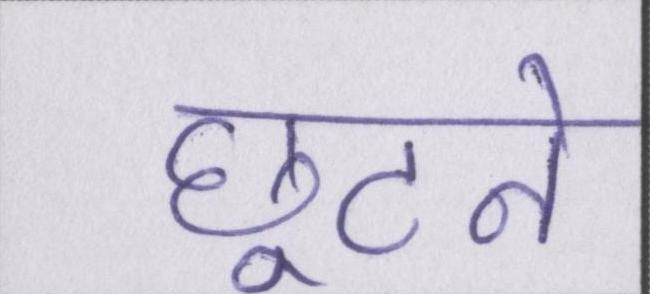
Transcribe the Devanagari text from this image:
छूटने